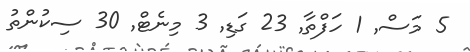
5 މަސް